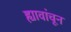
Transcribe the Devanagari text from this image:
ह्यावांचून